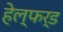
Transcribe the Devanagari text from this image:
हेल्फर्ड